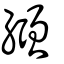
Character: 繈